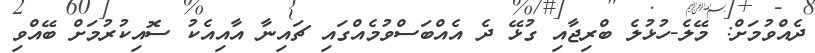
ދެއްވުމަށް: މޭލެ-ހުޅުލެ ބްރިިޖާއި ގުޅޭ ދެެ އެއްބަސްވުމެއްގައި ޗައިނާ އާއިއެކު ސޮއިކުރުމަށް ބޭއްވި